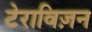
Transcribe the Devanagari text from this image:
टेराविज़न